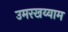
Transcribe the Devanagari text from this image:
उमरखय्याम